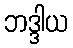
ဘဒ္ဒါယ